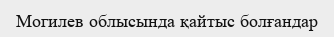
Могилев облысында қайтыс болғандар